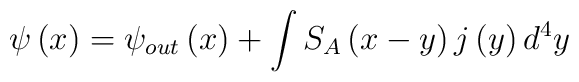
\psi \left( x\right) =\psi _{out}\left( x\right) +\int S_{A}\left(x-y\right) j\left( y\right) d^{4}y